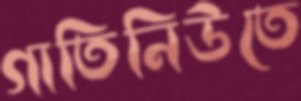
গাতিনিউতে